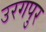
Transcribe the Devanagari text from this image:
उरगपुर